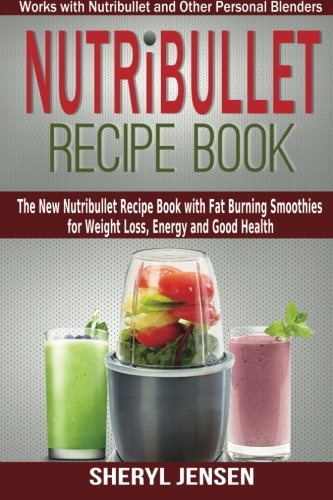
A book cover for Nutribullet Recipe Book: The New Nutribullet Recipe Book with Fat Burning Smoothies for Weight Loss, Energy and Good Health - Works with Nutribullet and Other Personal Blenders (Volume 1); Sheryl Jensen; Cookbooks, Food & Wine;